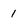
Character: 1